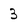
Character: 3